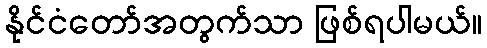
နိုင်ငံတော်အတွက်သာ ဖြစ်ရပါမယ်။